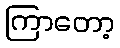
ကြာတော့